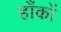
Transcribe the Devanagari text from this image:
हाँकों